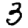
Digit: 3